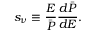
s _ { \nu } \equiv \frac { E } { \bar { P } } \frac { d \bar { P } } { d E } .